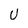
Character: U